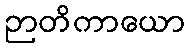
ဉာတိကာယော